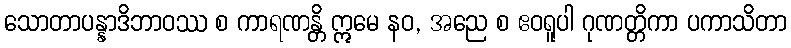
သောတာပန္နာဒိဘာဝဿ စ ကာရဏန္တိ ဣမေ နဝ, အညေ စ ဧဝရူပါ ဂုဏတ္တိကာ ပကာသိတာ